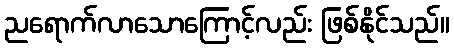
ညရောက်လာသောကြောင့်လည်း ဖြစ်နိုင်သည်။